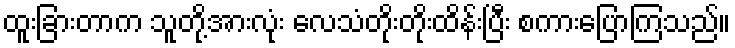
ထူးခြားတာက သူတို့အားလုံး လေသံတိုးတိုးထိန်းပြီး စကားပြောကြသည်။